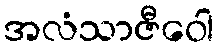
အလံသာဇီဝေါ